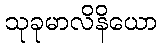
သုခုမာလိနိယော